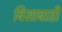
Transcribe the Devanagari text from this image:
बिसाबाडी